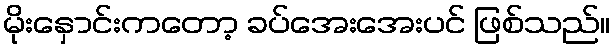
မိုးနှောင်းကတော့ ခပ်အေးအေးပင် ဖြစ်သည်။